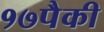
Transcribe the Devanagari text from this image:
१७पैकी